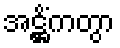
အဋ္ဌိံကတွာ